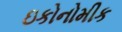
ઇકોનોમીક